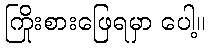
ကြိုးစားဖြေရမှာ ပေါ့။